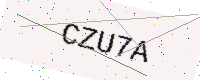
Text: CZU7A